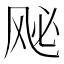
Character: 𫠈